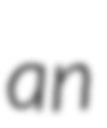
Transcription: an